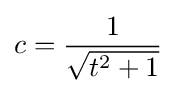
c={\frac {1}{\sqrt {t^{2}+1}}}\,\!